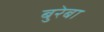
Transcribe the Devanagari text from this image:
बुरेबा